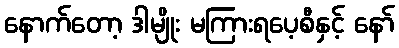
နောက်တော့ ဒါမျိုး မကြားရပေ့စီနှင့် နော်